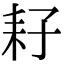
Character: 耔